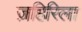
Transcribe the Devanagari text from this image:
ज़हिरिला